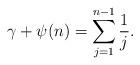
LaTeX: \begin{align*}\gamma+\psi(n)=\sum_{j=1}^{n-1}\frac{1}{j}.\end{align*}